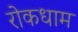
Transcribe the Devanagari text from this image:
रोकधाम